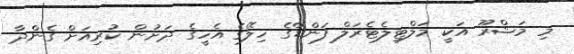
މި މަޝްރޫ އަކީ މަލްޓިލެޓެރަލް ފަންޑްގެ ހިލޭގެ އެހީގެ ދަށުން ކުރިއަށް ގެންދާ